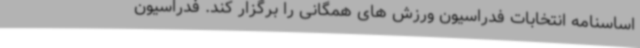
اساسنامه انتخابات فدراسیون ورزش های همگانی را برگزار کند. فدراسیون